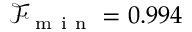
\mathcal { F } _ { \mathrm { ~ m ~ i ~ n ~ } } = 0 . 9 9 4